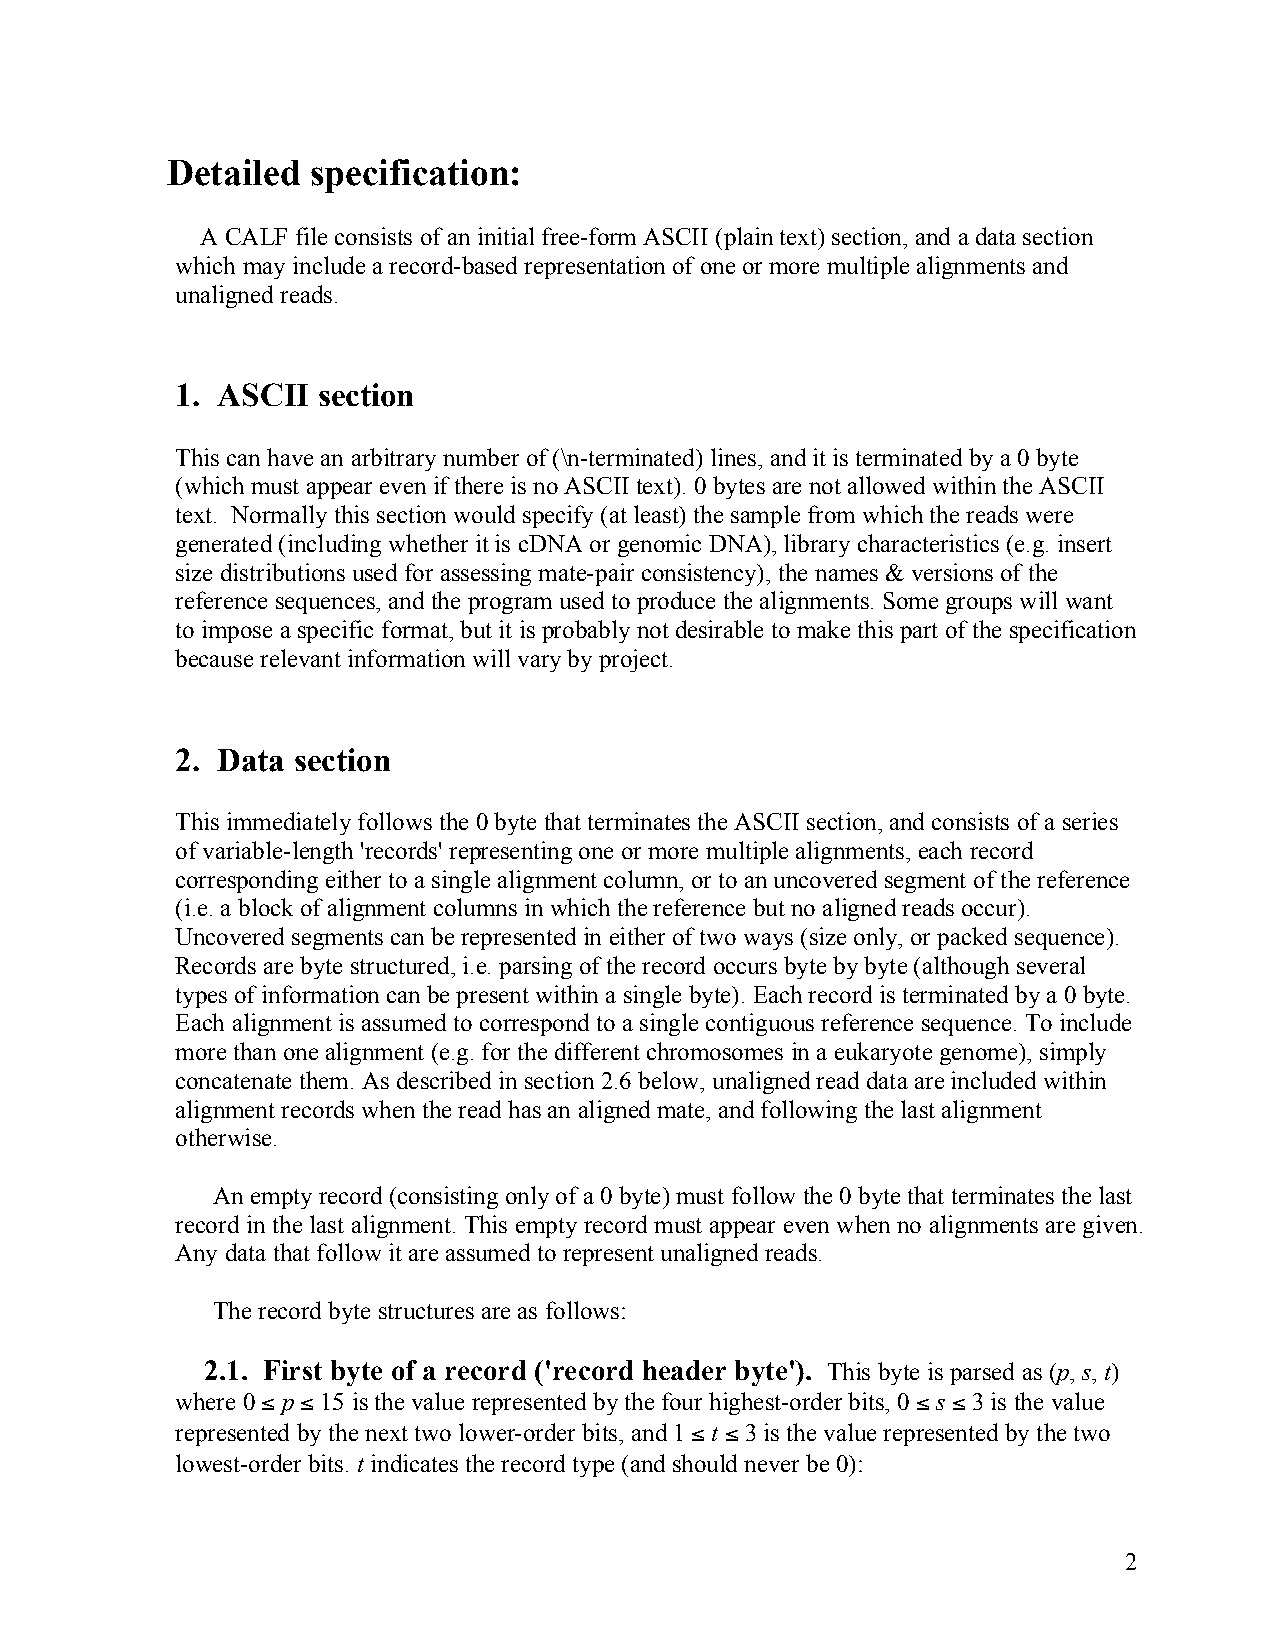
Detailed  specification:
 A CALF file consists of an initial free-form ASCII (plain text) section, and a data section
 which may include a record-based representation of one or more multiple alignments and
 unaligned reads.
 1. ASCII section
 This can have an arbitrary number of (\n-terminated) lines, and it is terminated by a 0 byte
 (which must appear even if there is no ASCII text). 0 bytes are not allowed within the ASCII
 text. Normally this section would specify (at least) the sample from which the reads were
 generated (including whether it is cDNA or genomic DNA), library characteristics (e.g. insert
 size distributions used for assessing mate-pair consistency), the names & versions of the
 reference sequences, and the program used to produce the alignments. Some groups will want
 to impose a specific format, but it is probably not desirable to make this part of the specification
 because relevant information will vary by project.
 2. Data section
 This immediately follows the 0 byte that terminates the ASCII section, and consists of a series
 of variable-length 'records' representing one or more multiple alignments, each record
 corresponding either to a single alignment column, or to an uncovered segment of the reference
 (i.e. a block of alignment columns in which the reference but no aligned reads occur).
 Uncovered segments can be represented in either of two ways (size only, or packed sequence).
 Records are byte structured, i.e. parsing of the record occurs byte by byte (although several
 types of information can be present within a single byte). Each record is terminated by a 0 byte.
 Each alignment is assumed to correspond to a single contiguous reference sequence. To include
 more than one alignment (e.g. for the different chromosomes in a eukaryote genome), simply
 concatenate them. As described in section 2.6 below, unaligned read data are included within
 alignment records when the read has an aligned mate, and following the last alignment
 otherwise.
 An empty record (consisting only of a 0 byte) must follow the 0 byte that terminates the last
 record in the last alignment. This empty record must appear even when no alignments are given.
 Any data that follow it are assumed to represent unaligned reads.
 The record byte structures are as follows:
 2.1. First byte of a record ('record header byte'). This byte is parsed as (p, s, t)
 where 0 ≤ p ≤ 15 is the value represented by the four highest-order bits, 0 ≤ s ≤ 3 is the value
 represented by the next two lower-order bits, and 1 ≤ t ≤ 3 is the value represented by the two
 lowest-order bits. t indicates the record type (and should never be 0):
 2